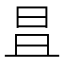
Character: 𣅣